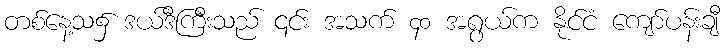
တစ်နေ့သ၌ ဒယ်ဒီကြီးသည် ၎င်း အသက် ၄၀ အရွယ်က နိုင်ငံ ကျော်ပန်းချီ